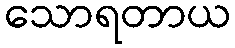
သောရတာယ